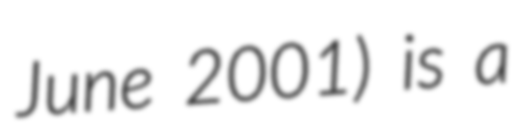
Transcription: June 2001) is a